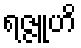
ရဇ္ဇူဟိ